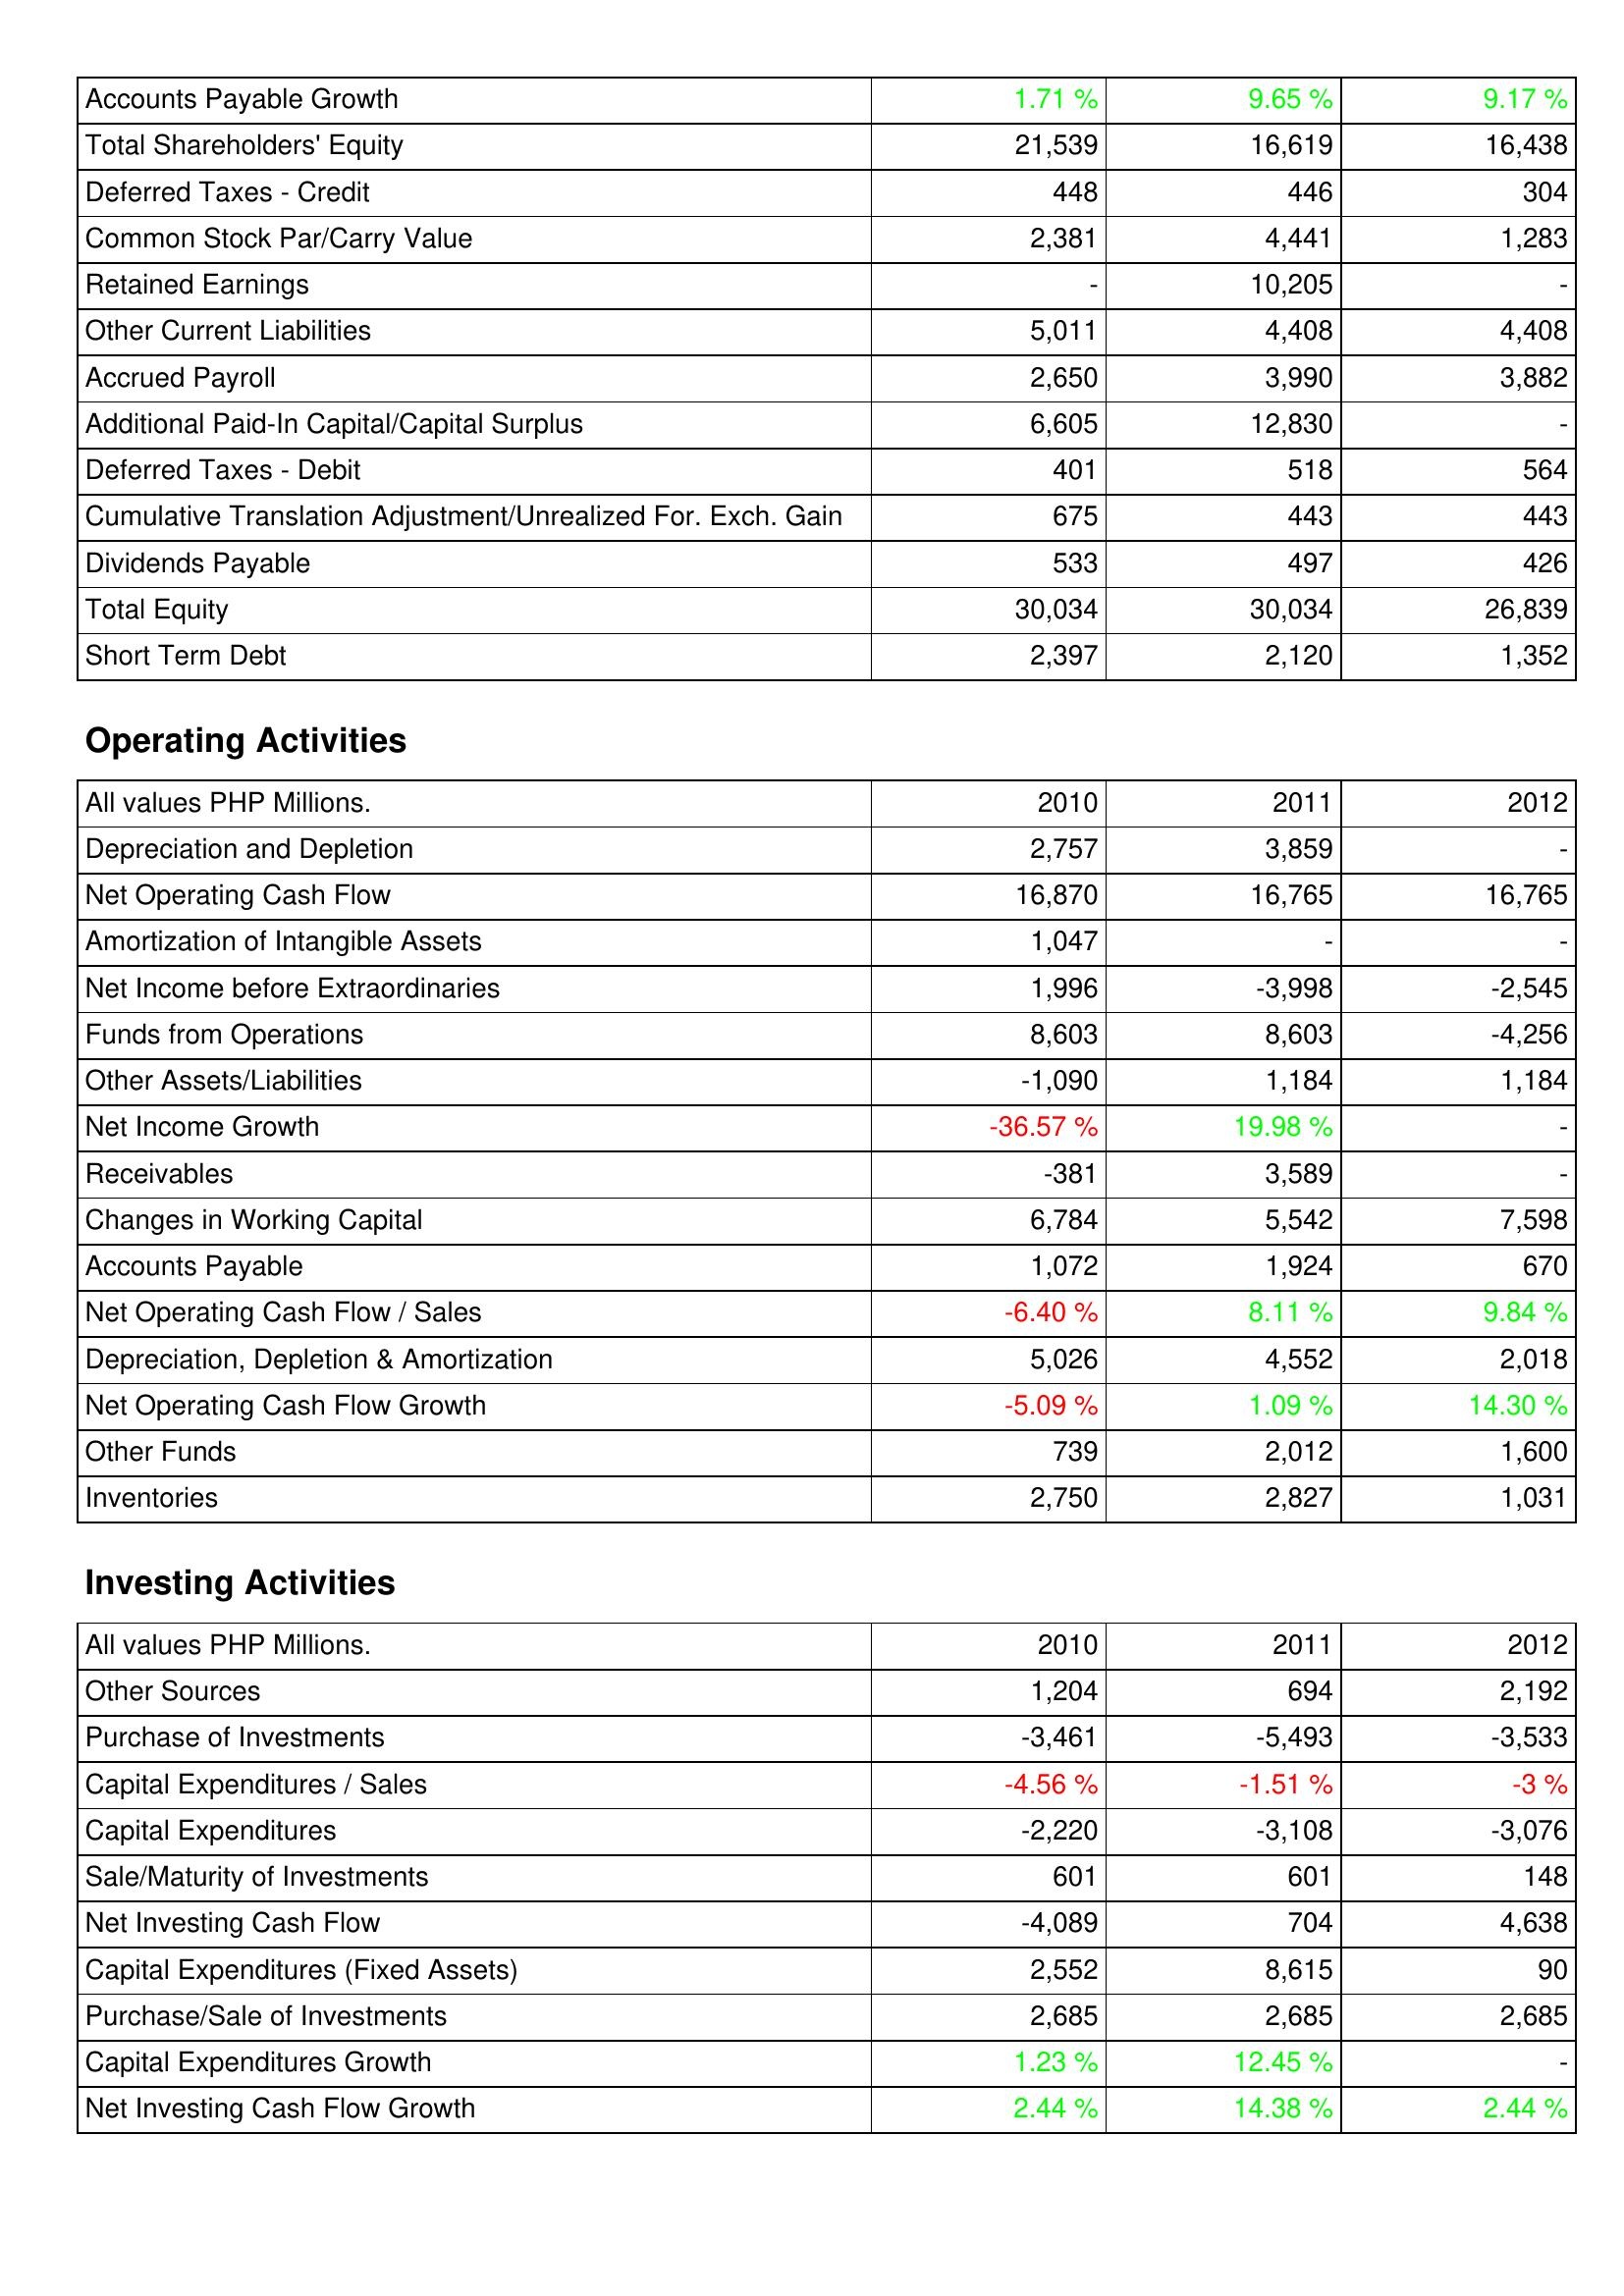
2010: Liabilities & Shareholders' Equity: Accounts Payable Growth: 1.71 %
Total Shareholders' Equity: 21,539
Deferred Taxes - Credit: 448
Common Stock Par/Carry Value: 2,381
Retained Earnings: -
Other Current Liabilities: 5,011
Accrued Payroll: 2,650
Additional Paid-In Capital/Capital Surplus: 6,605
Deferred Taxes - Debit: 401
Cumulative Translation Adjustment/Unrealized For. Exch. Gain: 675
Dividends Payable: 533
Total Equity: 30,034
Short Term Debt: 2,397
Operating Activities: Depreciation and Depletion: 2,757
Net Operating Cash Flow: 16,870
Amortization of Intangible Assets: 1,047
Net Income before Extraordinaries: 1,996
Funds from Operations: 8,603
Other Assets/Liabilities: -1,090
Net Income Growth: -36.57 %
Receivables: -381
Changes in Working Capital: 6,784
Accounts Payable: 1,072
Net Operating Cash Flow / Sales: -6.40 %
Depreciation, Depletion & Amortization: 5,026
Net Operating Cash Flow Growth: -5.09 %
Other Funds: 739
Inventories: 2,750
Investing Activities: Other Sources: 1,204
Purchase of Investments: -3,461
Capital Expenditures / Sales: -4.56 %
Capital Expenditures: -2,220
Sale/Maturity of Investments: 601
Net Investing Cash Flow: -4,089
Capital Expenditures (Fixed Assets): 2,552
Purchase/Sale of Investments: 2,685
Capital Expenditures Growth: 1.23 %
Net Investing Cash Flow Growth: 2.44 %
2011: Liabilities & Shareholders' Equity: Accounts Payable Growth: 9.65 %
Total Shareholders' Equity: 16,619
Deferred Taxes - Credit: 446
Common Stock Par/Carry Value: 4,441
Retained Earnings: 10,205
Other Current Liabilities: 4,408
Accrued Payroll: 3,990
Additional Paid-In Capital/Capital Surplus: 12,830
Deferred Taxes - Debit: 518
Cumulative Translation Adjustment/Unrealized For. Exch. Gain: 443
Dividends Payable: 497
Total Equity: 30,034
Short Term Debt: 2,120
Operating Activities: Depreciation and Depletion: 3,859
Net Operating Cash Flow: 16,765
Amortization of Intangible Assets: -
Net Income before Extraordinaries: -3,998
Funds from Operations: 8,603
Other Assets/Liabilities: 1,184
Net Income Growth: 19.98 %
Receivables: 3,589
Changes in Working Capital: 5,542
Accounts Payable: 1,924
Net Operating Cash Flow / Sales: 8.11 %
Depreciation, Depletion & Amortization: 4,552
Net Operating Cash Flow Growth: 1.09 %
Other Funds: 2,012
Inventories: 2,827
Investing Activities: Other Sources: 694
Purchase of Investments: -5,493
Capital Expenditures / Sales: -1.51 %
Capital Expenditures: -3,108
Sale/Maturity of Investments: 601
Net Investing Cash Flow: 704
Capital Expenditures (Fixed Assets): 8,615
Purchase/Sale of Investments: 2,685
Capital Expenditures Growth: 12.45 %
Net Investing Cash Flow Growth: 14.38 %
2012: Liabilities & Shareholders' Equity: Accounts Payable Growth: 9.17 %
Total Shareholders' Equity: 16,438
Deferred Taxes - Credit: 304
Common Stock Par/Carry Value: 1,283
Retained Earnings: -
Other Current Liabilities: 4,408
Accrued Payroll: 3,882
Additional Paid-In Capital/Capital Surplus: -
Deferred Taxes - Debit: 564
Cumulative Translation Adjustment/Unrealized For. Exch. Gain: 443
Dividends Payable: 426
Total Equity: 26,839
Short Term Debt: 1,352
Operating Activities: Depreciation and Depletion: -
Net Operating Cash Flow: 16,765
Amortization of Intangible Assets: -
Net Income before Extraordinaries: -2,545
Funds from Operations: -4,256
Other Assets/Liabilities: 1,184
Net Income Growth: -
Receivables: -
Changes in Working Capital: 7,598
Accounts Payable: 670
Net Operating Cash Flow / Sales: 9.84 %
Depreciation, Depletion & Amortization: 2,018
Net Operating Cash Flow Growth: 14.30 %
Other Funds: 1,600
Inventories: 1,031
Investing Activities: Other Sources: 2,192
Purchase of Investments: -3,533
Capital Expenditures / Sales: -3 %
Capital Expenditures: -3,076
Sale/Maturity of Investments: 148
Net Investing Cash Flow: 4,638
Capital Expenditures (Fixed Assets): 90
Purchase/Sale of Investments: 2,685
Capital Expenditures Growth: -
Net Investing Cash Flow Growth: 2.44 %